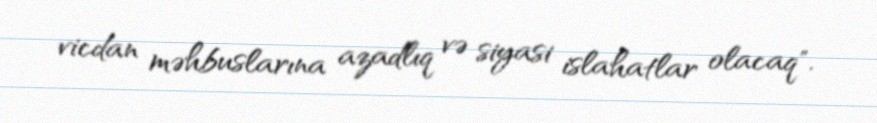
vicdan məhbuslarına azadlıq və siyasi islahatlar olacaq".